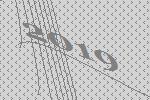
2019